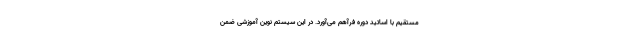
مستقیم با اساتید دوره فرآهم می‌آورد. در این سیستم نوین آموزشی ضمن